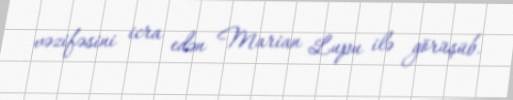
vəzifəsini icra edən Marian Lupu ilə görüşüb.